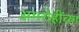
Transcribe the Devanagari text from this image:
अमरोहींच्या